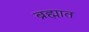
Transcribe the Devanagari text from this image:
ब्रह्मात